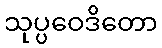
သုပ္ပဝေဒိတော